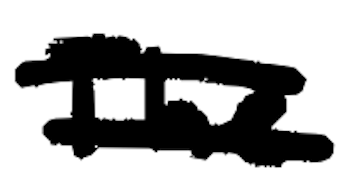
Text: The
Cross-out: double-line
Writing tool: digital_black